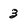
Character: 3